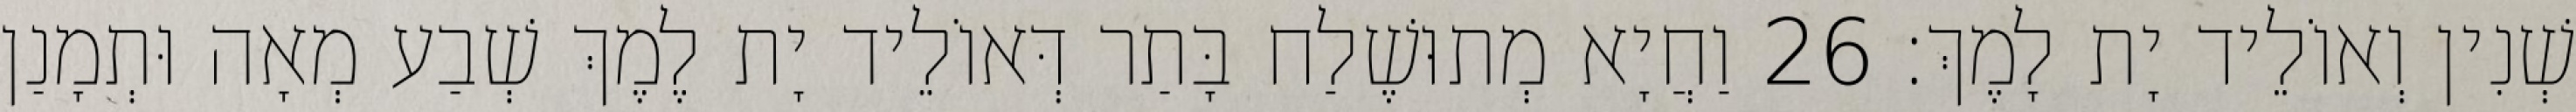
שְׁנִין וְאוֹלֵיד יָת לָמֶךְ׃ 26 וַחֲיָא מְתוּשֶׁלַח בָּתַר דְּאוֹלֵיד יָת לֶמֶךְ שְׁבַע מְאָה וּתְמָנַן